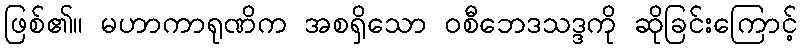
ဖြစ်၏။ မဟာကာရုဏိက အစရှိသော ဝစီဘေဒသဒ္ဒကို ဆိုခြင်းကြောင့်